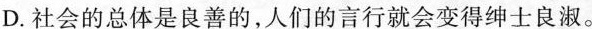
D.社会的总体是良善的，人们的言行就会变得绅士良淑。